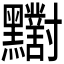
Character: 𪓁